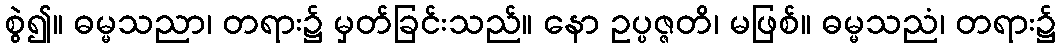
စွဲ၍။ ဓမ္မသညာ၊ တရား၌ မှတ်ခြင်းသည်။ နော ဥပ္ပဇ္ဇတိ၊ မဖြစ်။ ဓမ္မသညံ၊ တရား၌